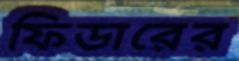
ফিডারের